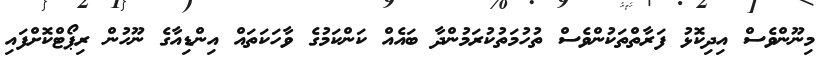
މިނޫންވެސް އިދިކޮޅު ފަރާތްތަކުންވެސް ތުހުމަތުކުރަމުންދާ ބައެއް ކަންކަމުގެ ވާހަކަތައް އިންޑިއާގެ ނޫހުން ރިޕޯޓްކޮށްފައި